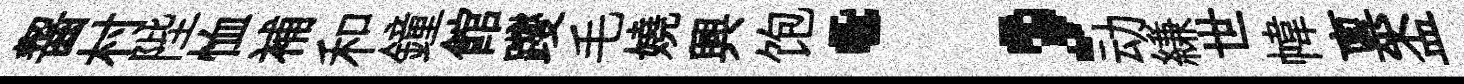
齧村陛恤補和鐘館躞毛嬈興饱；动縑世幃禀盃